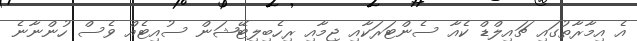
އެ އިމާރާތުގައި ޗައިލްޑް ކެއާ ސެންޓަރަކާއި ޖިމާއި ރިހެބިލިޓޭޝަން ސުއިޓެއް ވެސް ހުންނާނެ